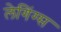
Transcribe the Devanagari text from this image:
लेगिंग्स